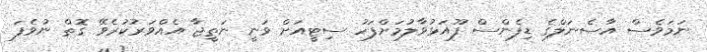
ނަމަވެސް އާސެނަލްގެ ޑިފެންސް ފޫއަޅުވާލުމަށްފަހު ސިޓީއަށް ވަނީ ނަތީޖާ އެއްވަރުކުރެވޭ ގޮތް ނުވެފަ